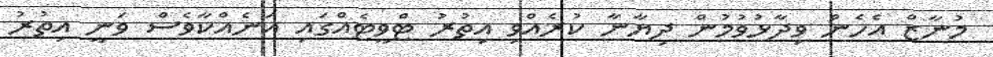
މުނާޒް އެހެން ވިދާޅުވުމުން ދިޔާނާ ކުރެއްވި އިތުރު ޓްވީޓެއްގައި އަނެއްކާވެސް ވަނީ އިތުރު